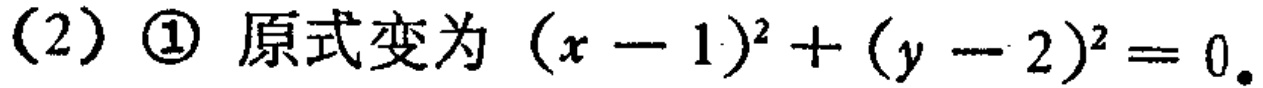
(2) \textcircled{1} 原式变为 \((x - 1)^2 + (y - 2)^2 = 0\)。